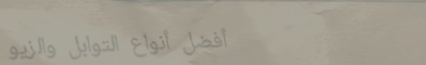
أفضل أنواع التوابل والزيو